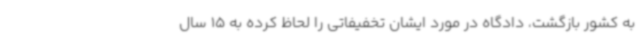
به کشور بازگشت، دادگاه در مورد ایشان تخفیفاتی را لحاظ کرده به 15 سال